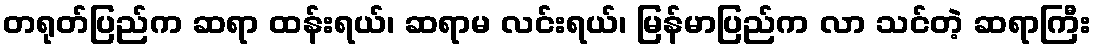
တရုတ်ပြည်က ဆရာ ထန်းရယ်၊ ဆရာမ လင်းရယ်၊ မြန်မာပြည်က လာ သင်တဲ့ ဆရာကြီး